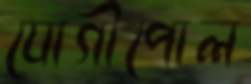
যোগীপোল